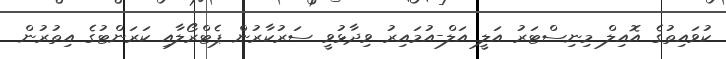
ކުވައިތުގެ އޮއިލް މިނިސްޓަރު އަލީ އަލް-އުމައިރު ވިދާޅުވީ ސަރުކާރުން ޕެޓްރޯލާއި ކަރަންޓުގެ އިތުރުން